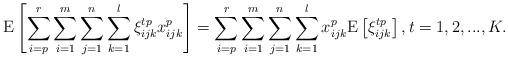
LaTeX: \begin{align*}{\rm E}\left[ {\sum\limits_{i = p}^r\sum\limits_{i = 1}^m {\sum\limits_{j = 1}^n {\sum\limits_{k = 1}^l {{\xi^{tp} _{ijk}}} {x^{p}_{ijk}}} } } \right] = \sum\limits_{i = p}^r\sum\limits_{i = 1}^m {\sum\limits_{j = 1}^n {\sum\limits_{k = 1}^l {{x^{p}_{ijk}}} } } {\rm E}\left[ {{\xi^{tp} _{ijk}}} \right],t=1,2,...,K.\end{align*}